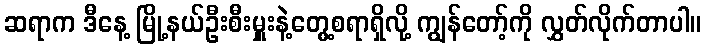
ဆရာက ဒီနေ့ မြို့နယ်ဦးစီးမှူးနဲ့တွေ့စရာရှိလို့ ကျွန်တော့်ကို လွှတ်လိုက်တာပါ။